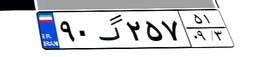
۹۰گ۲۵۷۵۱